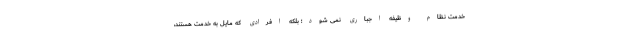
خدمت نظام وظیفه اجباری نمی شود؛ بلکه افرادی که مایل به خدمت هستند،